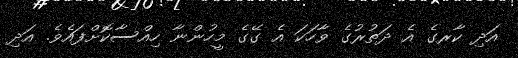
އަދި ކާރގެ އެ ދަތުރުގެ ވާހަކަ އެ ގޭގެ މީހުންނާ ހިއްސާކޮށްފައެވެ. އަދި